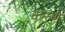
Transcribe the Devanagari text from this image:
कऱणे